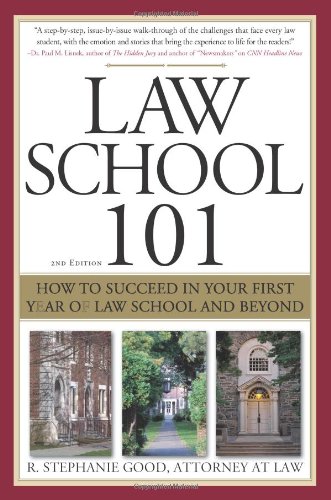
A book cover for Law School 101: How to Succeed in Your First Year of Law School and Beyond; R. Stephanie Good; Education & Teaching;